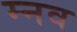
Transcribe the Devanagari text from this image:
म्नव